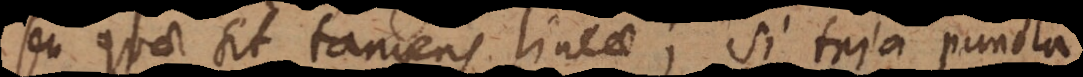
seu quae sit tangens lineae; si tria puncta